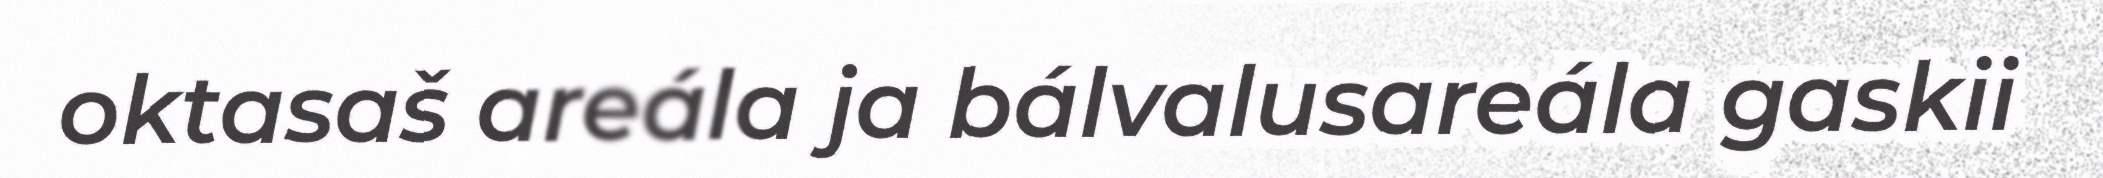
oktasaš areála ja bálvalusareála gaskii